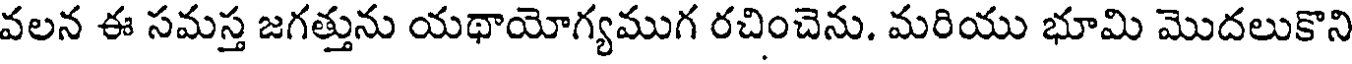
వలన ఈ సమస్త జగత్తును యథాయోగ్యముగ రచించెను. మరియు భూమి మొదలుకొని